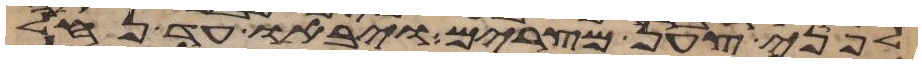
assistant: לפני צען מצרים ויבאו עד נחל